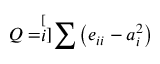
Q = \stackrel [ i ] { } { \sum } \left( e _ { i i } - a _ { i } ^ { 2 } \right)